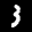
Label: 3